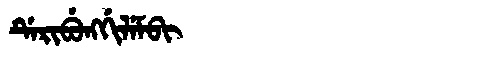
Manchu: ᡩᡝᡵᡳᠪᡠᠩᡤᡳᠯᡝᠮᠪᡳ
Romanization: DERIBUNGGILEMBI